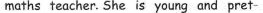
maths teacher. She is young and pret-